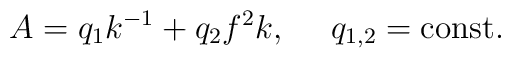
A= q_1 k^{-1}  + q_2 f^2 k    , \  \ \ \  q_{1, 2} ={\rm const}  .